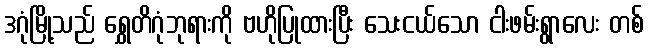
ဒဂုံမြို့သည် ရွှေတိဂုံဘုရားကို ဗဟိုပြုထားပြီး သေးငယ်သော ငါးဖမ်းရွာလေး တစ်